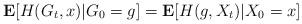
LaTeX: \begin{align*} \mathbf E[H(G_t, x) | G_0=g] = \mathbf E[H(g, X_t)|X_0=x]\end{align*}